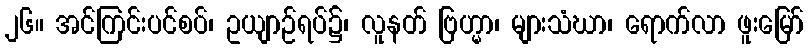
၂၆။ အင်ကြင်းပင်စပ်၊ ဥယျာဉ်ရပ်၌၊ လူနတ် ဗြဟ္မာ၊ များသံဃာ၊ ရောက်လာ ဖူးမြော်